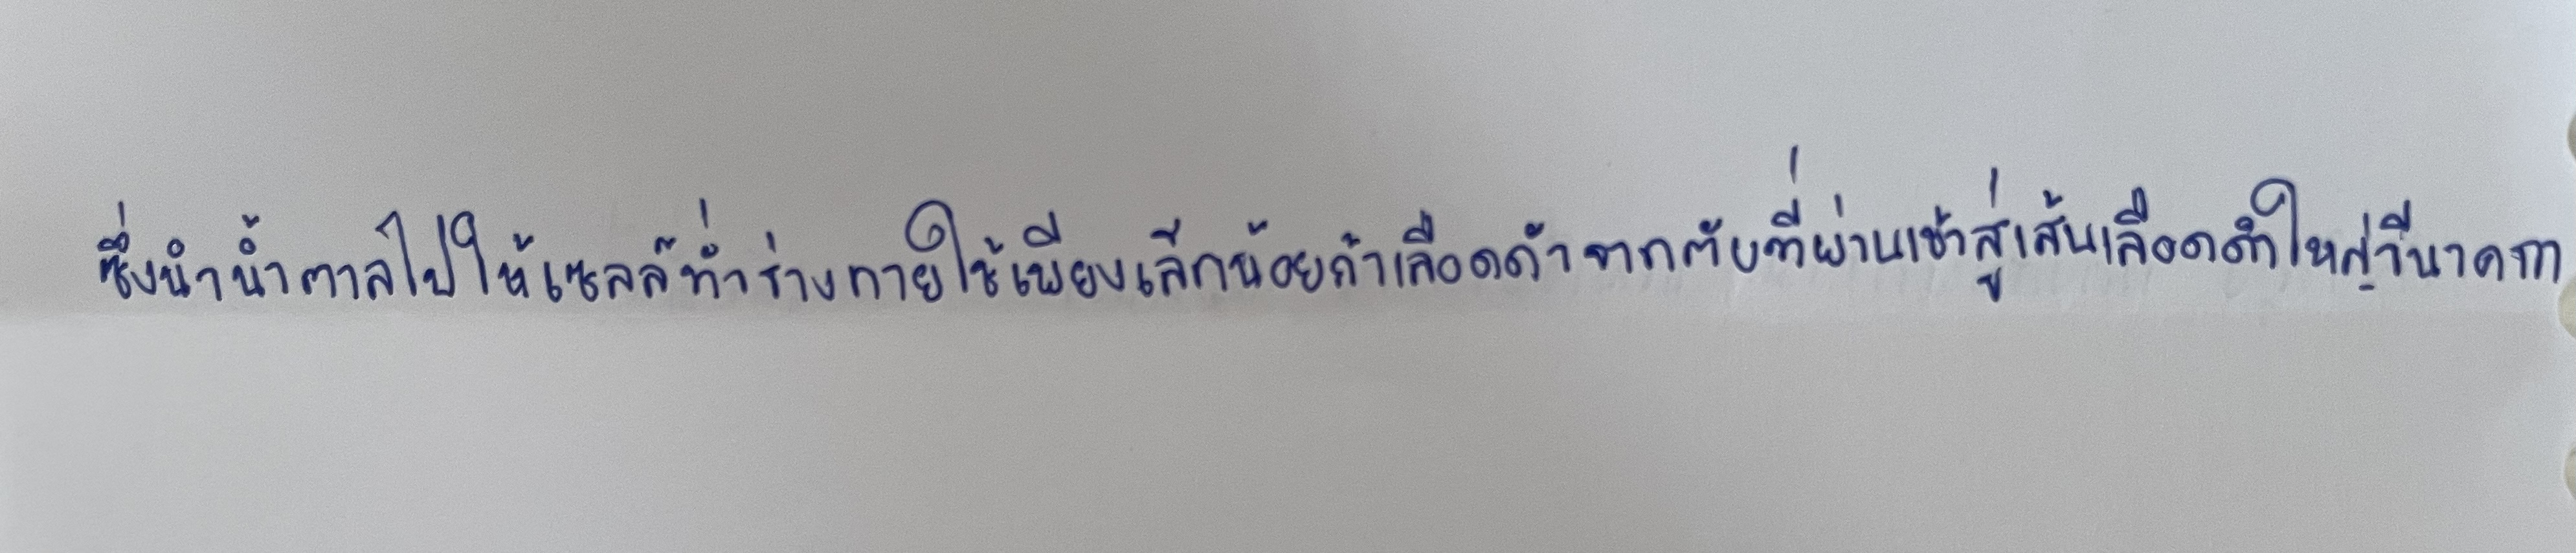
ซึ่งนำน้ำตาลไปให้เซลล์ทั่วร่างกายใช้เพียงเล็กน้อยถ้าเลือดดำจากตับที่ผ่านเข้าสู่เส้นเลือดดำใหญ่วีนาคาวา